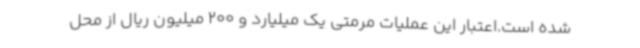
شده است.اعتبار این عملیات مرمتی یک میلیارد و 200 میلیون ‌ریال از محل